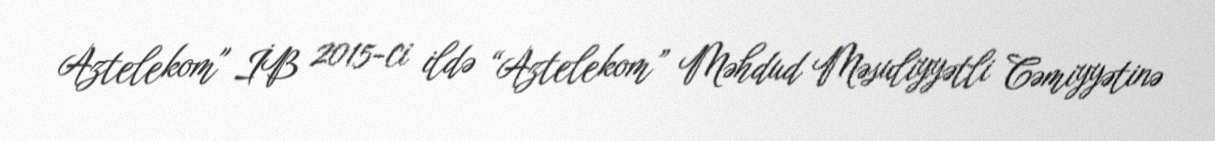
Aztelekom" İB 2015-ci ildə “Aztelekom” Məhdud Məsuliyyətli Cəmiyyətinə